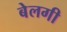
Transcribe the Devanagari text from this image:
बेलगी